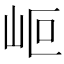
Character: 𡶅